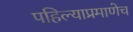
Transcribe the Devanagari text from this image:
पहिल्याप्रमाणेच